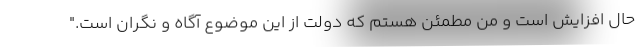
حال افزایش است و من مطمئن هستم که دولت از این موضوع آگاه و نگران است."